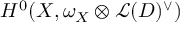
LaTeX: H ^ { 0 } ( X , \omega _ { X } \otimes { \mathcal { L } } ( D ) ^ { \vee } )